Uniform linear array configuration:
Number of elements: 24
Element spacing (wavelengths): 0.5
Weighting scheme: hamming
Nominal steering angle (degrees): -15
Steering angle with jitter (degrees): -14.086
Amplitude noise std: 0.05
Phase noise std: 0.05

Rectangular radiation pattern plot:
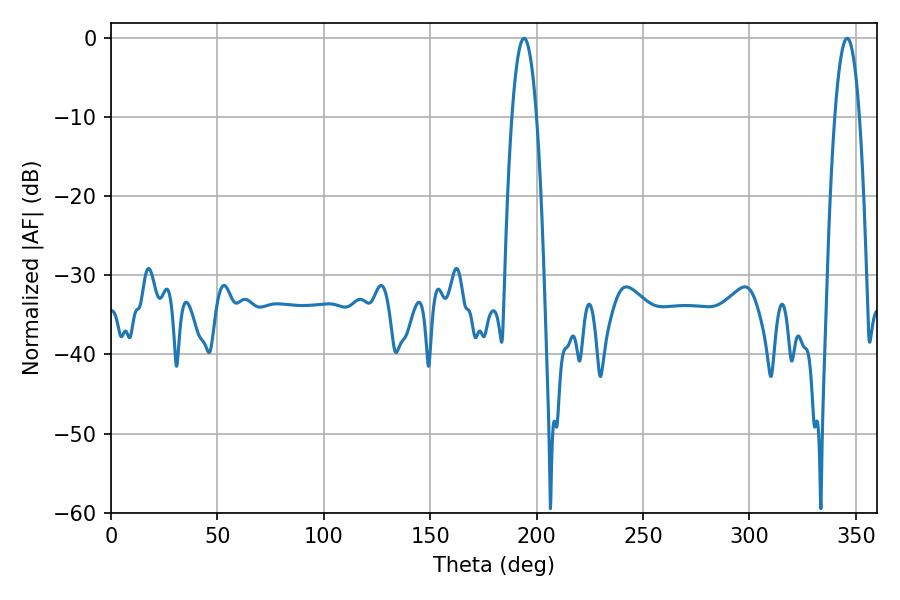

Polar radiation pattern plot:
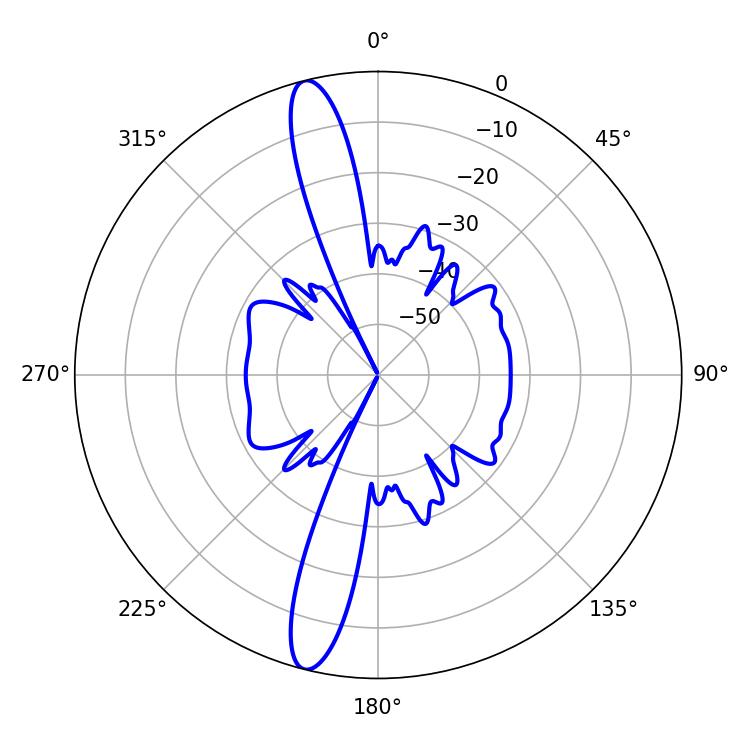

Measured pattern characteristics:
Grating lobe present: FALSE
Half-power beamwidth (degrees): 6.3
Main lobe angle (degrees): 194.04